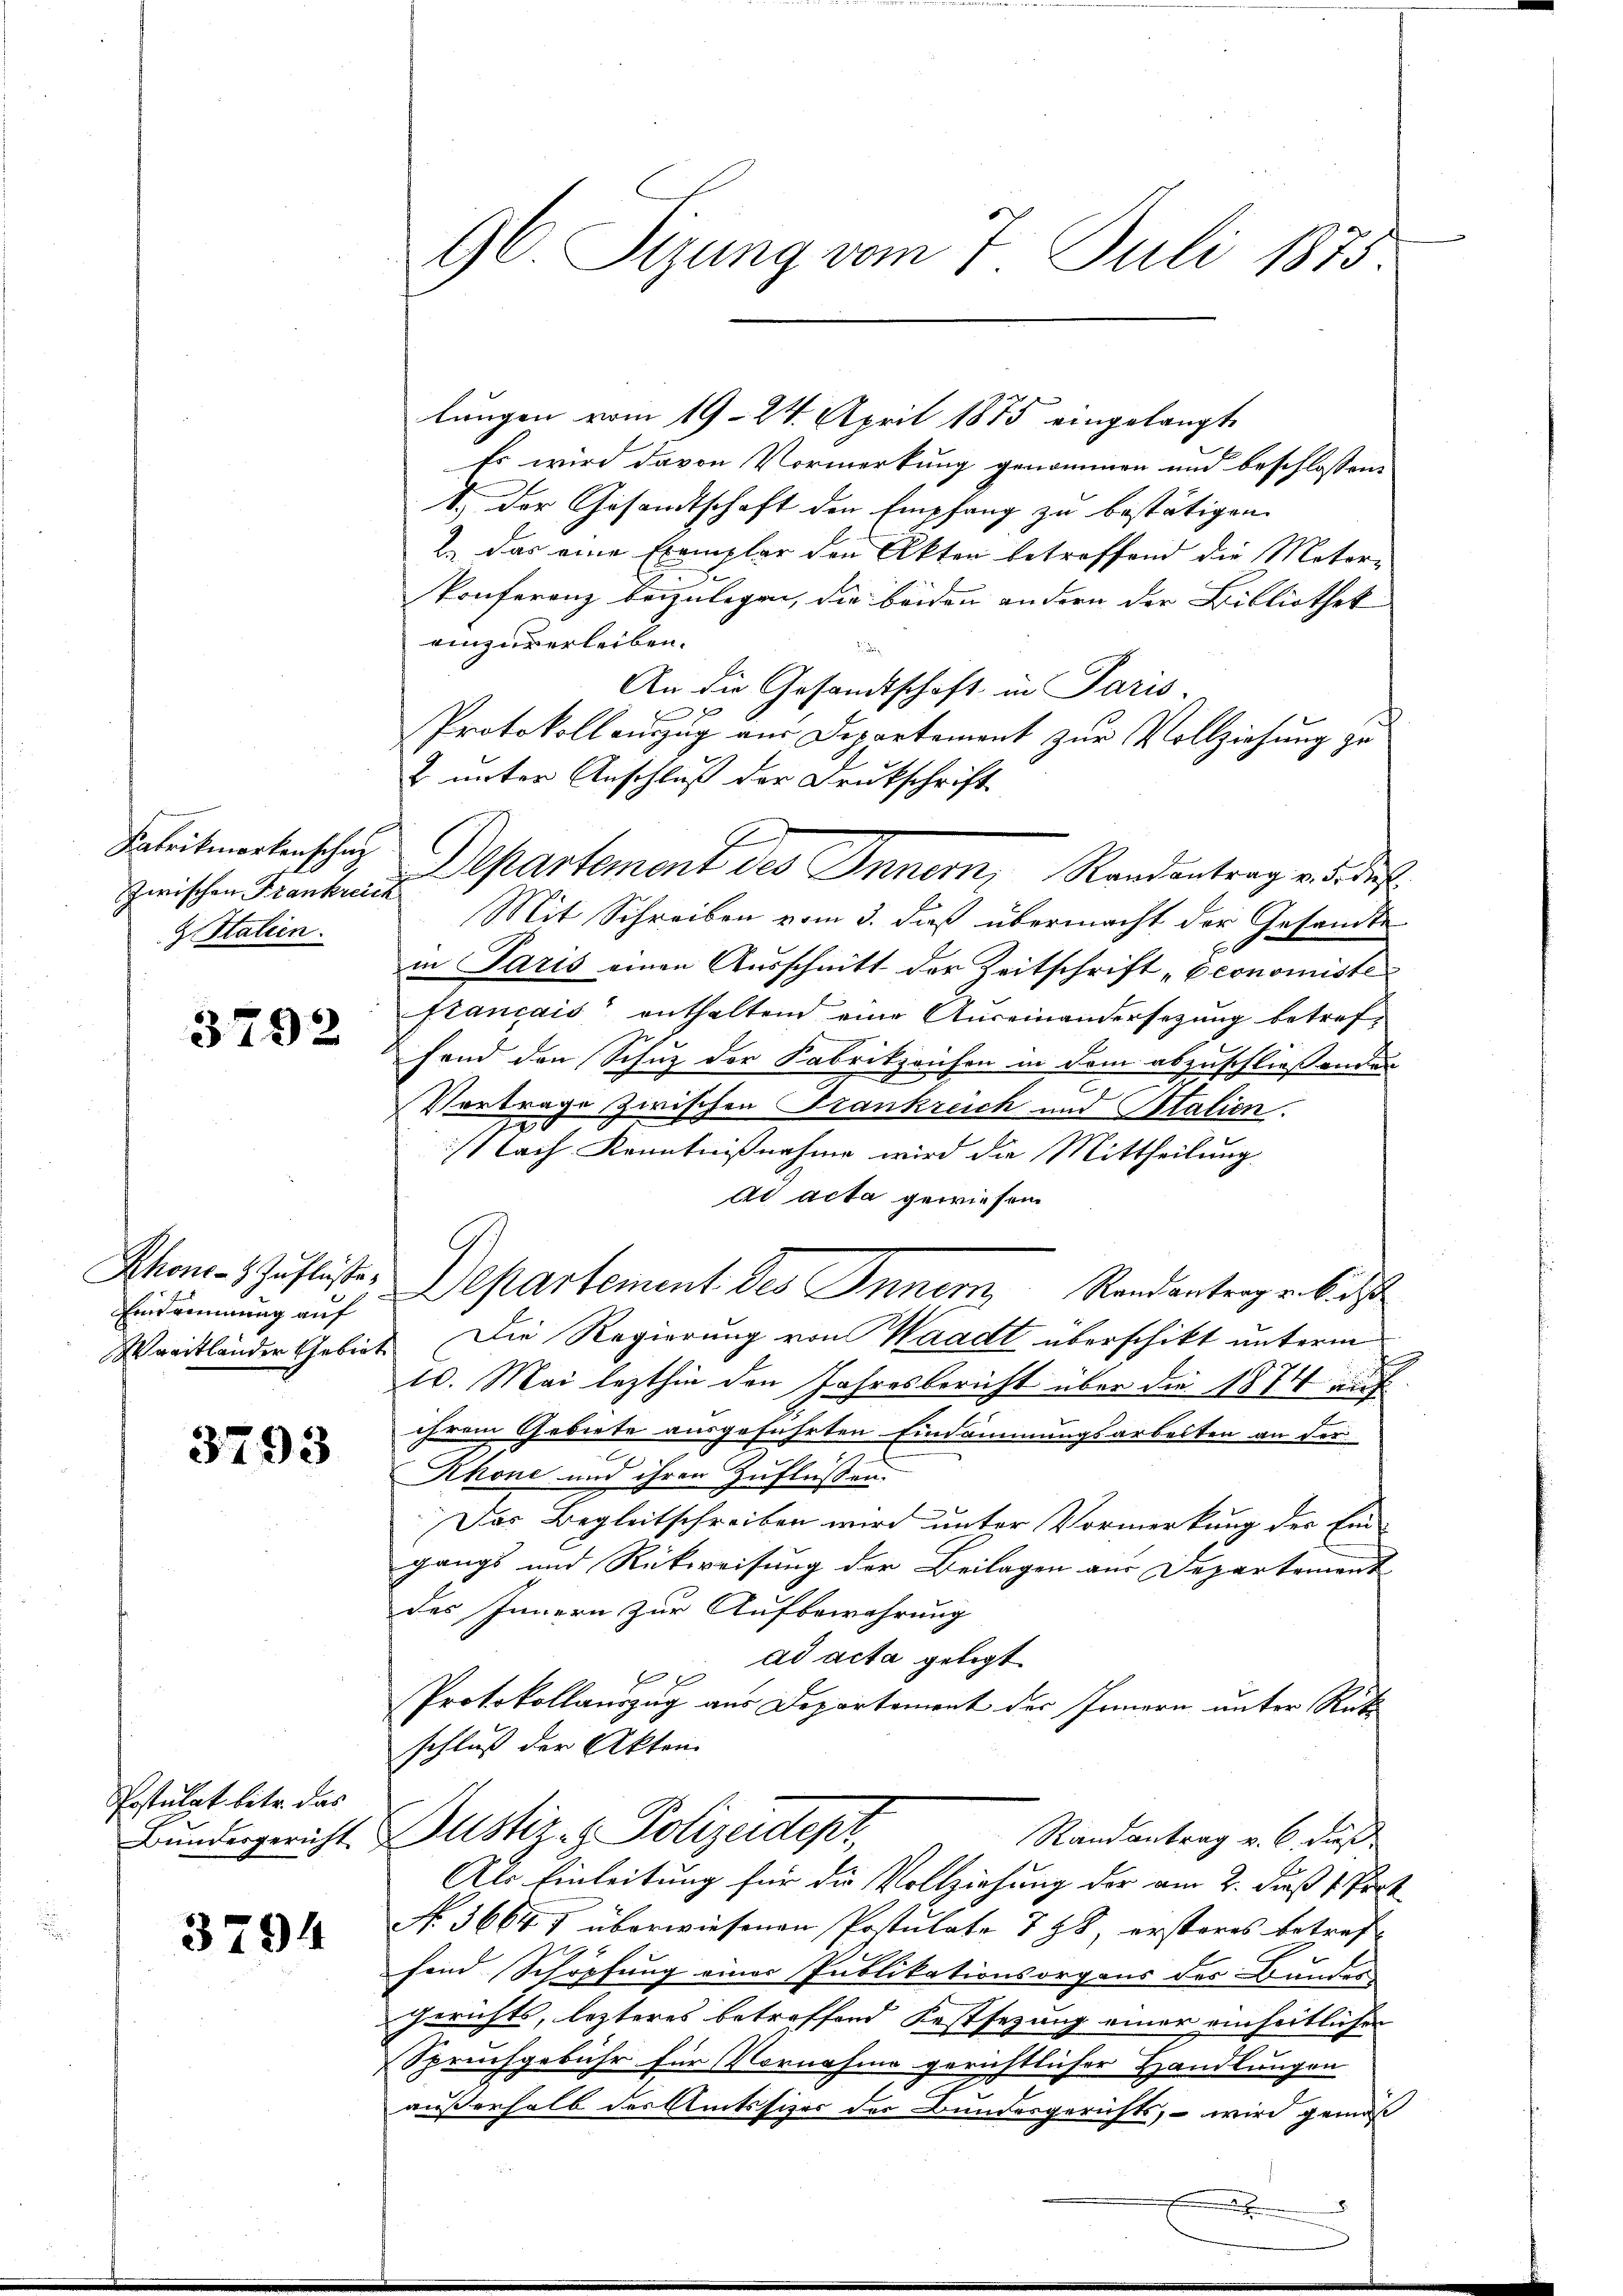
Fabrikmarkenschaf
zwischen Frankreic
 Salien.

3792

Khons- & Zuflüste,
Eintrinung auf
Wreitlander Gebiet

3793

Postulat bite das
Bundesgericht

3794

b

96 Sizung vom 7. Juli 1875

lungen vom 19. 24. April 1875 eingelangt
Es wird davon Vormerkung genommen und beschlossene
1.) Der Gesandtschaft den Empfang zu bestätigen.
2.) Das eine Exemplar den Akten betreffend die Motor-
Ponferenz beizulegen, die beiden andern der Bibliothek
einzuverleiben.
An die Gesandtschaft in Paris.
Protokollauszug aus Departement zur Vollziehung zu
& unter Anschluß der Drukschrift
6
Departement des Innern, Randantrag v. 5. dieß
Mit Schreiben vom 3. daß übermacht der Gesandte
in Paris einen Ausschnitt der Zeitschrift „Economiste
stancais enthaltend eine Auseinandersezung betref-
fand den Schuz der Fabrikzonsen in dem abzuschließenden
Vertrage zwischen Frankreich und Italien.
Nach Kenntnißnahme wird die Mittheilung
dd acta gewiesen
Departement des Innern Standentrage bist
Die Regierung von Waadt überschikt unterm
10. Mai lezthin den Jahresbericht über die 1874 auf
ihrem Gebiete ausgeführten Eindämmungsarbeiten an der
Rhone und ihren Zuflüssen.
Das Begleitschreiben wird unter Vormerkung des Ein-
gangs und Rückweisung der Beilagen aus Departement
des Innern zur Aufbewahrung
p ad acta gelegt
Protokollauszug aus Departement des Innern unter Rüt
schluß der Akten
Justiz- & Polizeidepr
Randantrag v. 6. dieß
Als Einleitung für die Vollziehung der am 2. daß 1. Pock.
No. 3664. 7 überwiesenen Postulate 798, ersteres betref
fand Schöpfung einer Publikationsorgens der Bunden
Gerichts, lezteres betreffend Festsezung einer einheitlichen
Spruchgebühr für Vornahme gerichtlicher Handlungen
außerhalb des Amtssizer der Bundesgerichts, – wird gemäß